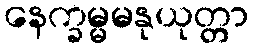
နေက္ခမ္မမနုယုတ္တာ